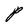
Character: P